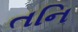
તનિ